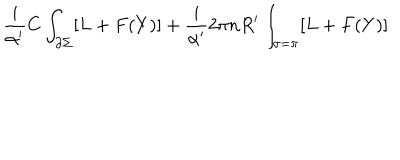
\frac { i } { \alpha ^ { \prime } } C \int _ { \partial \Sigma } [ L + F ( Y ) ] + \frac { i } { \alpha ^ { \prime } } 2 \pi n R ^ { \prime } \int _ { \sigma = \pi } [ L + F ( Y ) ]